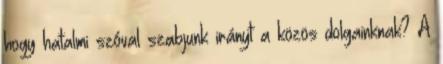
hogy hatalmi szóval szabjunk irányt a közös dolgainknak? A